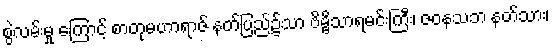
စွဲလမ်းမှု ကြောင့် စာတုမဟာရာဇ် နတ်ပြည်၌သာ ဗိမ္ဗိသာရမင်းကြီး၊ ဇဝနသဘ နတ်သား၊